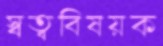
স্বত্ববিষয়ক